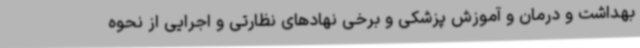
بهداشت و درمان و آموزش پزشکی و برخی نهادهای نظارتی و اجرایی از نحوه